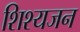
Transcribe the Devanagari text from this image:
शिश्यजन